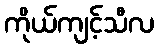
ကိုယ်ကျင့်သီလ